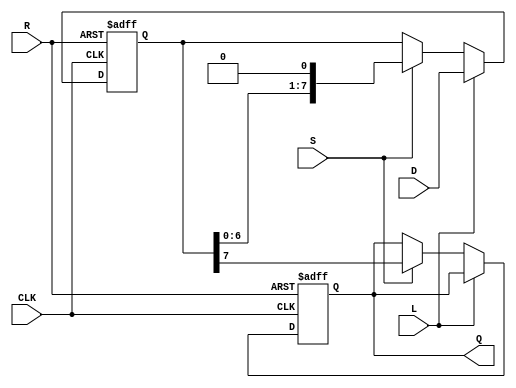
module PISO_Register (
    input wire [7:0] D,     // 8-bit input data bus
    input wire L,           // Load control signal
    input wire S,           // Shift control signal
    input wire CLK,         // Clock signal
    input wire R,           // Asynchronous reset signal
    output reg Q            // Serial output
);

    reg [7:0] shift_reg;    // 8-bit shift register

    always @(posedge CLK or posedge R) begin
        if (R) begin
            // Asynchronous reset
            shift_reg <= 8'b0; // Clear the register
            Q <= 1'b0;         // Clear the serial output
        end else if (L) begin
            // Load data into the register
            shift_reg <= D;    // Load the input data
        end else if (S) begin
            // Shift data out serially
            Q <= shift_reg[7]; // Output the MSB
            shift_reg <= {shift_reg[6:0], 1'b0}; // Shift right and fill LSB with 0
        end
    end

endmodule